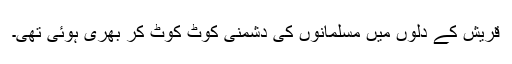
قریش کے دلوں میں مسلمانوں کی دشمنی کوٹ کوٹ کر بھری ہوئی تھی۔